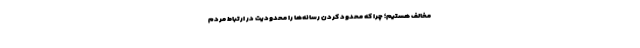
مخالف هستیم؛ چرا که محدود کردن رسانه‌ها را محدودیت در ارتباط مردم